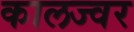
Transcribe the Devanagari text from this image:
कालज्वर